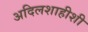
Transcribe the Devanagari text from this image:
अदिलशाहीशी